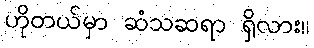
ဟိုတယ်မှာ ဆံသဆရာ ရှိလား။